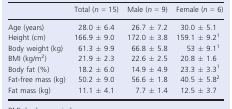
<table><thead><tr><td></td><td><b>Total (<i>n</i> = 15)</b></td><td><b>Male (<i>n</i> = 9)</b></td><td><b>Female (<i>n</i> = 6)</b></td></tr></thead><tbody><tr><td>Age (years)</td><td>28.0 ± 6.4</td><td>26.7 ± 7.2</td><td>30.0 ± 5.1</td></tr><tr><td>Height (cm)</td><td>166.9 ± 9.0</td><td>172.0 ± 3.8</td><td>159.1 ± 9.21</td></tr><tr><td>Body weight (kg)</td><td>61.3 ± 9.9</td><td>66.8 ± 5.8</td><td>53 ± 9.11</td></tr><tr><td>BMI (kg/m<sup>2</sup>)</td><td>21.9 ± 2.3</td><td>22.6 ± 2.5</td><td>20.8 ± 1.6</td></tr><tr><td>Body fat (%)</td><td>18.2 ± 6.0</td><td>14.9 ± 4.9</td><td>23.3 ± 3.31</td></tr><tr><td>Fat-free mass (kg)</td><td>50.2 ± 9.0</td><td>56.6 ± 1.8</td><td>40.5 ± 5.82</td></tr><tr><td>Fat mass (kg)</td><td>11.1 ± 4.1</td><td>7.7 ± 1.4</td><td>12.5 ± 3.7</td></tr></tbody></table>